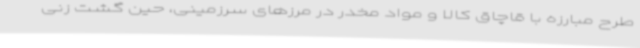
طرح مبارزه با قاچاق کالا و مواد مخدر در مرزهای سرزمینی، حین گشت زنی